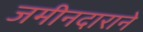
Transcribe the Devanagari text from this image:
जमीनदाराने